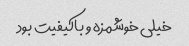
خیلی خوشمزه و باکیفیت بود